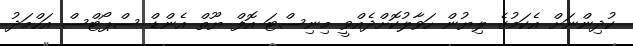
ކުދިންނަށް އެކަމުގެ ލިޔުން ހަވާލުކޮށްދެއްވީ މިނިސްޓަ އޮފް ޔޫތް އެންޑް ސްޕޯޓްސް އަހްމަދު